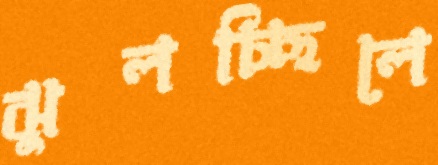
ঝুলচ্ছিলে